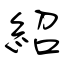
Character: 紹